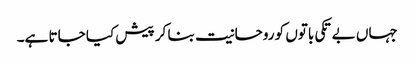
جہاں بے تکی باتوں کو روحانیت بنا کر پیش کیا جاتا ہے۔